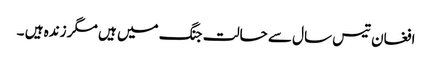
افغان تیس سال سے حالت جنگ میں ہیں مگر زندہ ہیں ۔